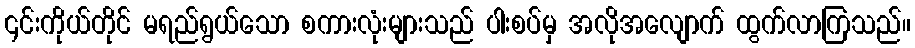
၎င်းကိုယ်တိုင် မရည်ရွယ်သော စကားလုံးများသည် ပါးစပ်မှ အလိုအလျောက် ထွက်လာကြသည်။